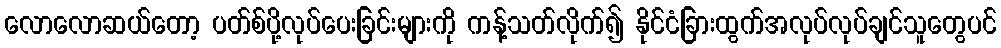
လောလောဆယ်တော့ ပတ်စ်ပို့လုပ်ပေးခြင်းများကို ကန့်သတ်လိုက်၍ နိုင်ငံခြားထွက်အလုပ်လုပ်ချင်သူတွေပင်